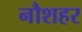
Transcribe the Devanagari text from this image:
नौशहर